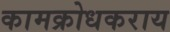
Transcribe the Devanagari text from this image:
कामक्रोधकराय